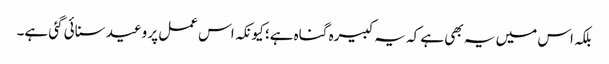
بلکہ اس میں یہ بھی ہے کہ یہ کبیرہ گناہ ہے؛ کیونکہ اس عمل پر وعید سنائی گئی ہے۔